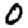
Digit: 0